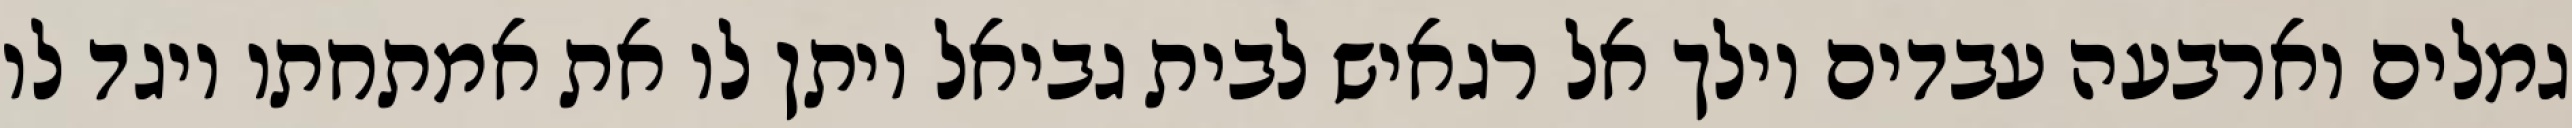
גמלים וארבעה עבדים וילך אל רגאיש לבית גביאל ויתן לו את אמתחתו ויגד לו